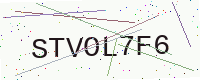
Text: STVOL7F6